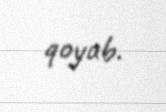
qoyub.